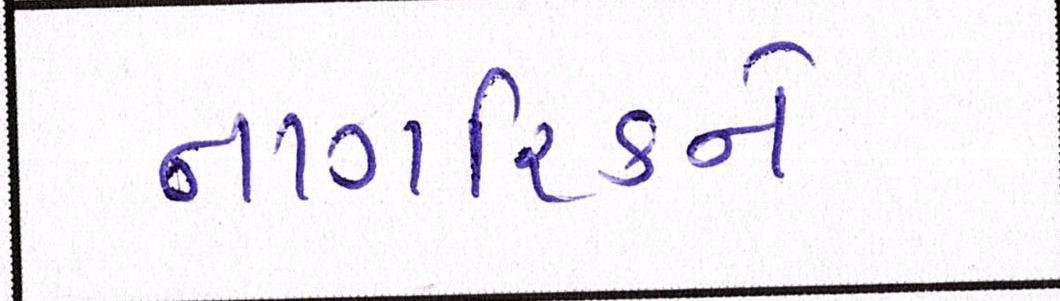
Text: નાગરિકને